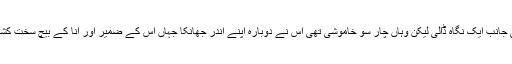
اس نے آسمان کی جانب ایک نگاہ ڈالی لیکن وہاں چار سو خاموشی تھی اس نے دوبارہ اپنے اندر جھانکا جہاں اس کے ضمیر اور انا کے بیچ سخت کشمکش جاری تھی۔